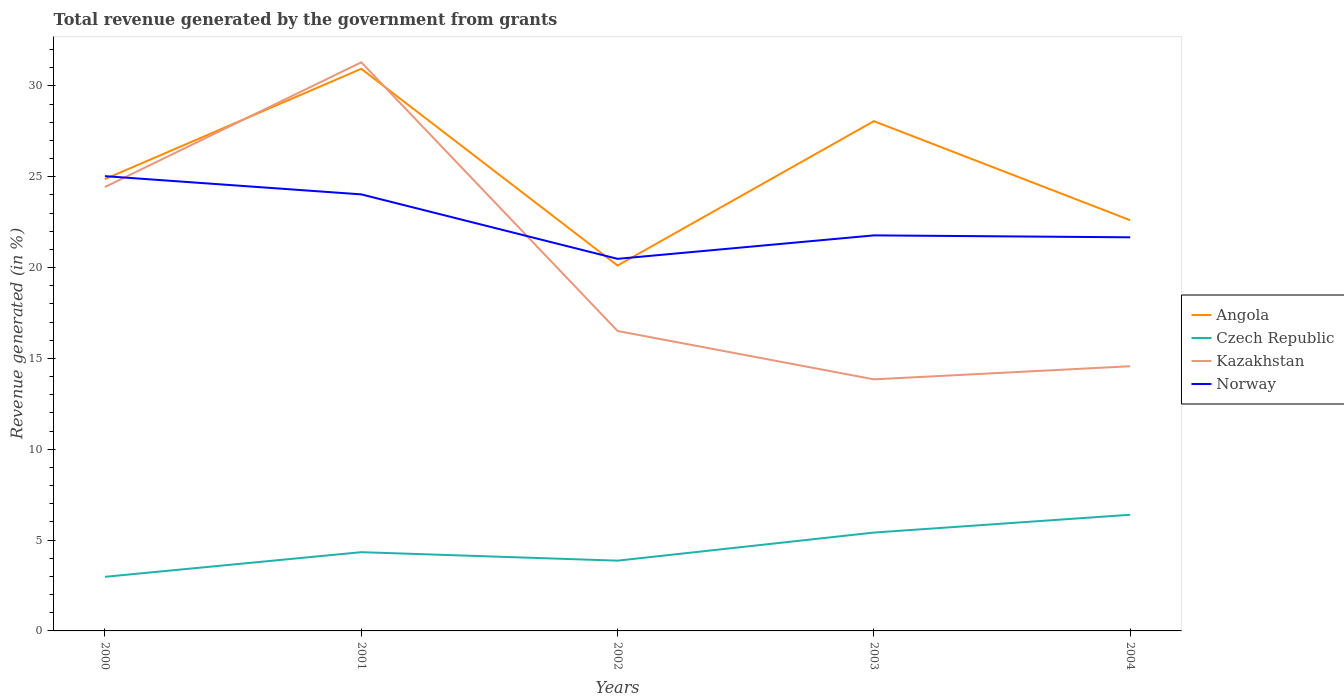
| Years | Angola | Czech Republic | Kazakhstan | Norway |
 | --- | --- | --- | --- | --- |
 | 2000 | 24.9 | 2.98 | 24.4 | 25 |
 | 2001 | 30.9 | 4.33 | 31.3 | 24 |
 | 2002 | 20.1 | 3.87 | 16.5 | 20.5 |
 | 2003 | 28.1 | 5.41 | 13.8 | 21.8 |
 | 2004 | 22.6 | 6.39 | 14.6 | 21.7 |